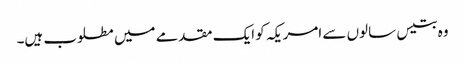
وہ بتیس سالوں سے امریکہ کو ایک مقدمے میں مطلوب ہیں۔